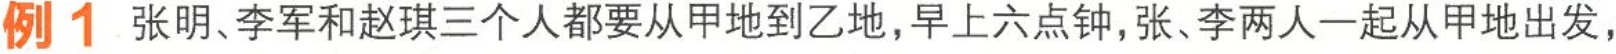
例1 张明、李军和赵琪三个人都要从甲地到乙地，早上六点钟，张、李两人一起从甲地出发，